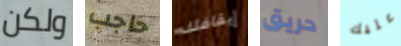
ولكن حاجب إيقافك حريق عليك